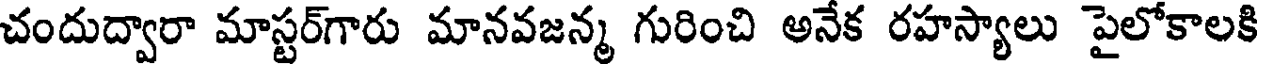
చందుద్వారా మాస్టర్గారు మానవజన్మ గురించి అనేక రహస్యాలు పైలోకాలకి